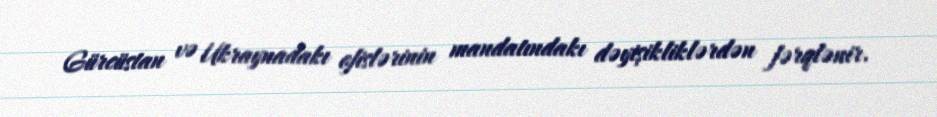
Gürcüstan və Ukraynadakı ofislərinin mandatındakı dəyişikliklərdən fərqlənir.